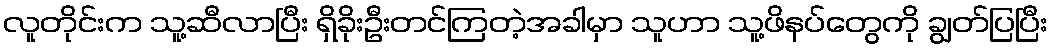
လူတိုင်းက သူ့ဆီလာပြီး ရှိခိုးဦးတင်ကြတဲ့အခါမှာ သူဟာ သူ့ဖိနပ်တွေကို ချွတ်ပြပြီး